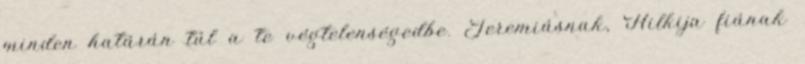
minden határán túl a te végtelenségedbe. Jeremiásnak, Hilkija fiának